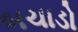
બચાડો